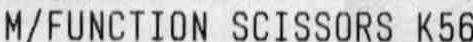
M/FUNCTION SCISSORS K56